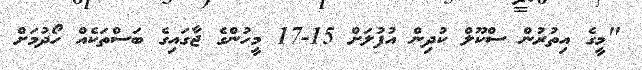
"މީގެ އިތުރުން ސްކޫލް ކުދިން އުފުލަށް 15-17 މީހުންގެ ޖާގައިގެ ބަސްތަކެއް ހޯދުމަށް